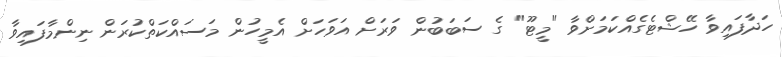
ހަދާފައިވާ ހޭޝްޓެގެއްކަމަށްވާ "މީޓޫ" ގެ ސަބަބުން ވަރަށް އަވަހަށް އެމީހުން މަސައްކަތްކުރަން ނިންމާފައިވާ